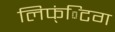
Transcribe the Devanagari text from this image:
लिफ्ंिटग